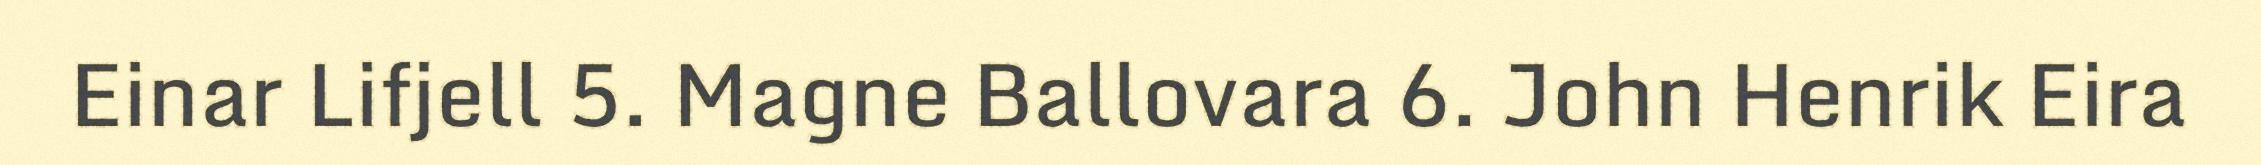
Einar Lifjell 5. Magne Ballovara 6. John Henrik Eira